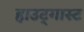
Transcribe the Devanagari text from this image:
हाउट्गास्ट